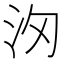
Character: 𣲢